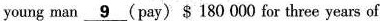
young man \underline{字符} (pay)$ 180 000 for three years of